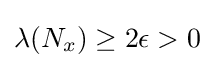
\lambda (N_{x})\geq 2\epsilon >0